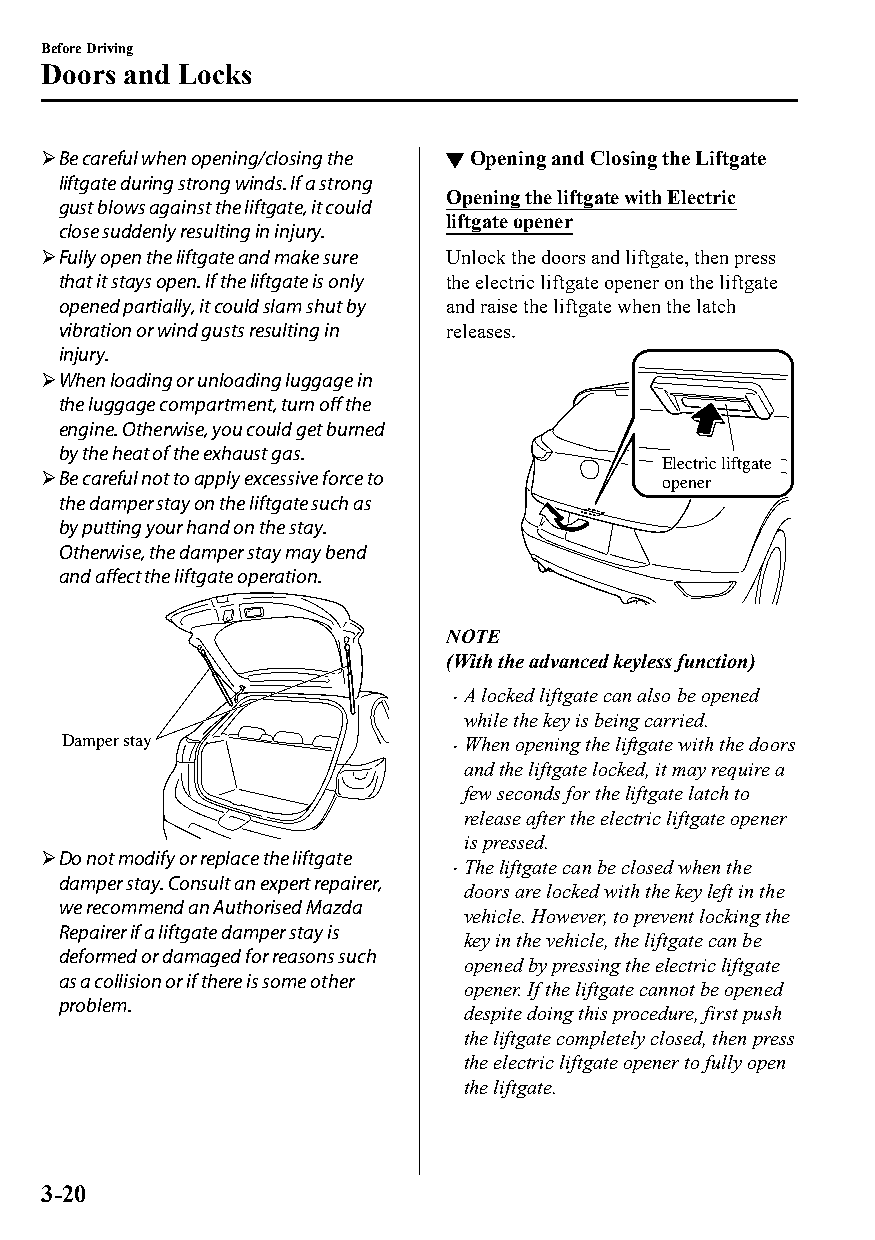
Before Driving
 Doors and Locks
 Be careful when opening/closing the ▼Opening and Closing the Liftgate
 liftgate during strong winds. If a strong
 Opening the liftgate with Electric
 gust blows against the liftgate, it could
 liftgate opener
 close suddenly resulting in injury.
 Fully open the liftgate and make sure Unlock the doors and liftgate, then press
 that it stays open. If the liftgate is only the electric liftgate opener on the liftgate
 opened partially, it could slam shut by and raise the liftgate when the latch
 vibration or wind gusts resulting in releases.
 injury.
 When loading or unloading luggage in
 the luggage compartment, turn off the
 engine. Otherwise, you could get burned
 by the heat of the exhaust gas.
 Electric liftgate
 Be careful not to apply excessive force to opener
 the damper stay on the liftgate such as
 by putting your hand on the stay.
 Otherwise, the damper stay may bend
 and affect the liftgate operation.
 NOTE
 (With the advanced keyless function)
 A locked liftgate can also be opened
 
 while the key is being carried.
 Damper stay               When opening the liftgate with the doors
 
 and the liftgate locked, it may require a
 few seconds for the liftgate latch to
 release after the electric liftgate opener
 is pressed.
 Do not modify or replace the liftgate
 The liftgate can be closed when the
 
 damper stay. Consult an expert repairer,
 doors are locked with the key left in the
 we recommend an Authorised Mazda
 vehicle. However, to prevent locking the
 Repairer if a liftgate damper stay is
 key in the vehicle, the liftgate can be
 deformed or damaged for reasons such
 opened by pressing the electric liftgate
 as a collision or if there is some other
 opener. If the liftgate cannot be opened
 problem.
 despite doing this procedure, first push
 the liftgate completely closed, then press
 the electric liftgate opener to fully open
 the liftgate.
 3-20
 CX-3_8GT4-EE-18D_Edition4                  2018-9-6 18:32:19